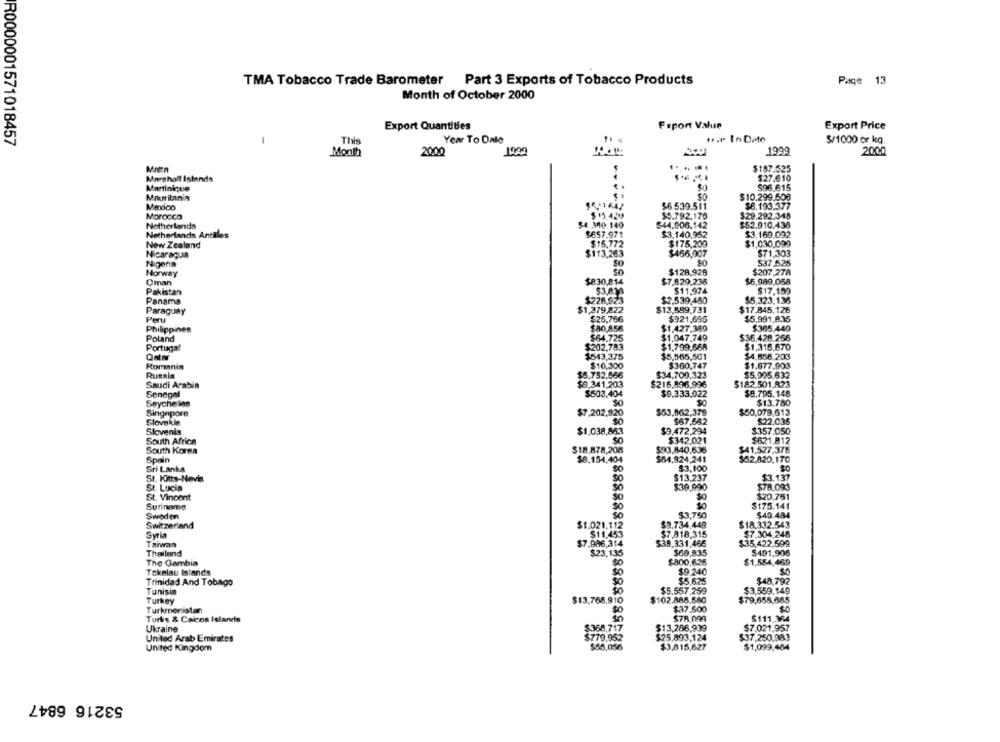
TMA Tobacco Trade Barometer Part 3 Exports of Tobacco Products
Page 13
Month of October 2000
Export Quantities
Fepont Value
Export Price
This
Year To Date
.... In Date
$/1000 or kg
R0000001571018457
Month
2000
1990
1999
2000
$187.525
Marshall Islands
$27.610
Martinique
$96.615
. .
Mauritania
$10.299.508
Mexico
$6.539.511
$6.193.377
Morocco
$ 15.429
$5.792,170
$29.292.348
Netherlands
$4.300.140
$44.906.142
$52.910.438
Netherlands Antilles
$657.971
$3,140,952
$3,169.092
New Zealand
$15.772
$175,209
$1,030,099
Nicaragua
$113.263
$466,007
$71,303
Nigeria
$37.525
Norway
$128.929
$207.278
Oman
$830,814
$7.829.238
$6,989,058
53,839
$11,974
$17.189
Pakistan
Panama
$226.923
$2.539.450
$5,323,136
Paraguay
$1,279,822
$13,889.731
$17.845.126
$26,766
$921,695
$5,991,835
$365.440
Philippines
$80,856
$1,427,389
Poland
$64.725
$1.047.749
$36.428.266
Portuga
$202.783
$1,799.668
$1,316,670
$543,375
$5,565,501
$4,856,203
$10,300
Romanin
$360,747
$1.677.903
RuRais
$5,752,566
$34.709.323
$5.995.632
Saudi Arabia
$8.341,203
$216.896,996
$182.501.823
Senegal
$503,404
$9.333.022
$8.795.148
$13,780
Seyche was
SO
Singapore
$7,202,820
$53.862,379
$50.079.613
Slovakle
$67,682
$22.035
Slovenia
$1,038,863
$9,472,294
$357.050
South Africa
SO
$342,021
$621.812
South Korea
$18.878,208
$93,840,536
$41,527.376
Spain
$8,154,404
$64.924,241
$52,820,170
$3,100
Sri Lanka
SO
St. Kitts-Nevis
$13,237
$3.137
St. Lucia
$39,990
$78.093
St. Vincent
$20,751
Suriname
$0
$175.141
SO
Sweden
S
$3,750
$49.484
Switzerland
$1.021.112
$9.734,449
$18.332.543
Syria
$11.453
$7.818.315
$7.304.246
$38,331,466
$35,422.599
Taiwan
$7.986,314
Thailand
$23, 135
$69,835
$491,906
The Gambia
$800,625
$1,554,469
Tokelau Islands
$9 240
$0
Trinidad And Tobago
$5,625
$48.792
Tunisia
$0
$5.557,259
$3,559.149
Turkey
$13,768,910
$102.888,580
$79,658,685
Turkmenistan
$37.500
$0
Turks & Caicos Islandis
$78,099
$111.384
Ukraine
$13,286.939
$7.021.957
United Arab Emirates
$25.893.124
$37.250,983
United Kingdom
$55,056
$3,015,627
$1,099.404
53216 6847